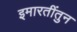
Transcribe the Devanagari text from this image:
इमारतींतुन